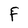
Character: F